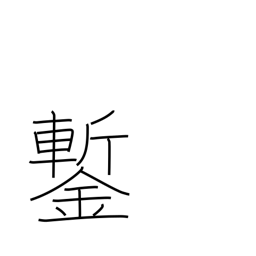
Meaning: cold chisel